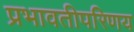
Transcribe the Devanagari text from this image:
प्रभावतीपरिणय